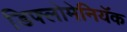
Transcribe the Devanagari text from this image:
डिफ्लोमेनियॅक